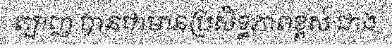
ត្បាញ បានជាមានប្រសិទ្ធភាពខ្ពស់ ជាង